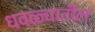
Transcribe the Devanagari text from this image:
धवळ्यातील